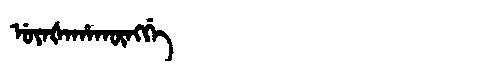
Manchu: ᡠᠶᠠᡧᠠᡥᠠᡴᡡᠩᡤᡝ
Romanization: UYAŠAHAKŪNGGE